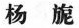
杨旎